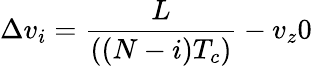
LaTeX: \Delta v_{i}=\frac{L}{((N-i)T_{c})}-v_{z}0